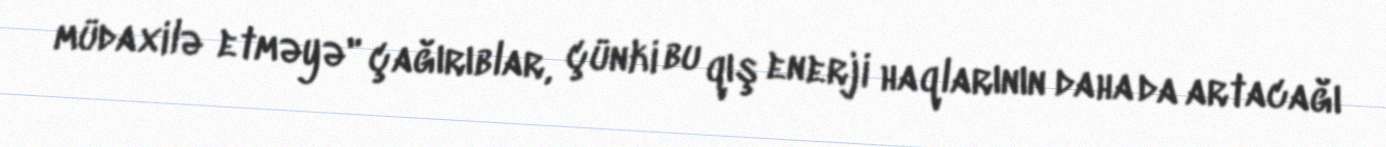
müdaxilə etməyə" çağırıblar, çünki bu qış enerji haqlarının daha da artacağı